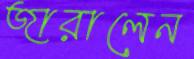
জারালেন